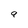
Character: 9